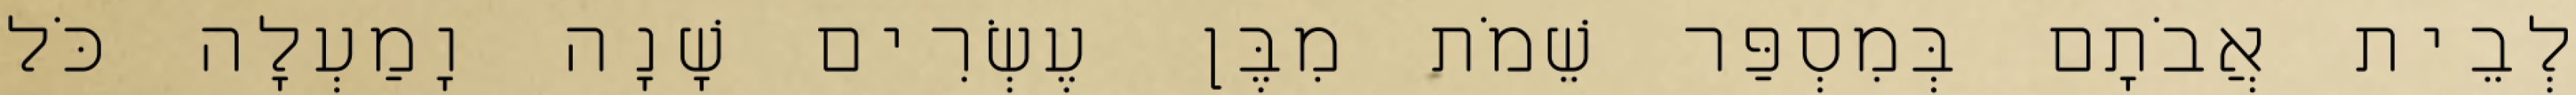
לְבֵית אֲבֹתָם בְּמִסְפַּר שֵׁמֹת מִבֶּן עֶשְׂרִים שָׁנָה וָמַעְלָה כֹּל